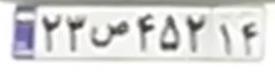
۲۳ص۴۵۳۱۴